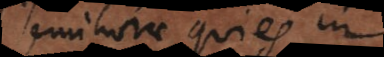
semihorae quies in